Annual administration report of the Civil Veterinary Department of India - 1895-1896
Year: 1895
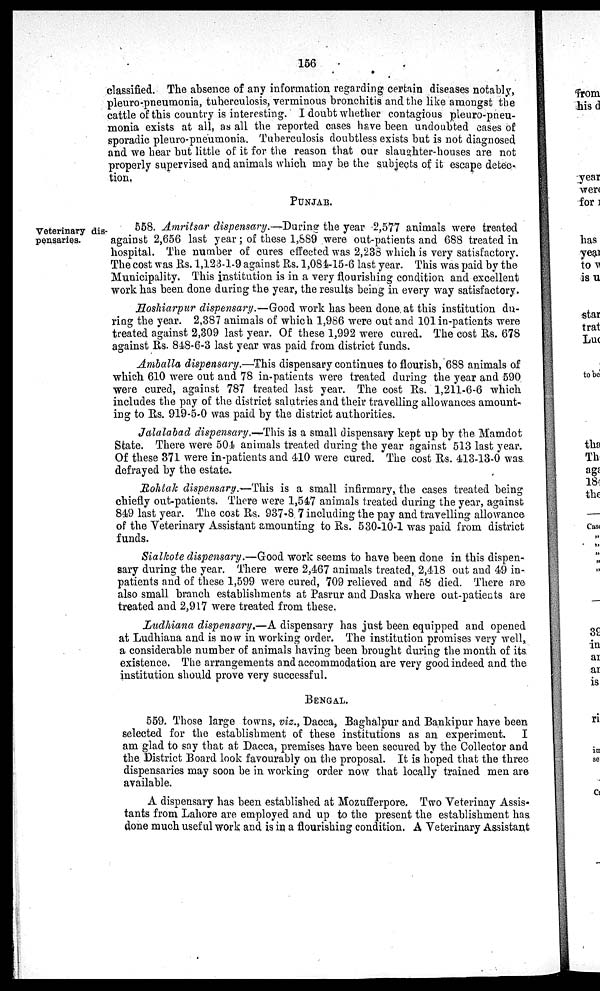
156
classified. The absence of any information regarding certain diseases notably,
pleuro-pneumonia, tuberculosis, verminous bronchitis and the like amongst the
cattle of this country is interesting. I doubt whether contagious pleuro-pneu-
monia exists at all, as all the reported cases have been undoubted cases of
sporadic pleuro-pneumonia. Tuberculosis doubtless exists but is not diagnosed
and we hear but little of it for the reason that our slaughter-houses are not
properly supervised and animals which may be the subjects of it escape detec-
tion.
PUNJAB.
Veterinary dis-
pensaries.
558. Amritsar dispensary.—During the year 2,577 animals were treated
against 2,656 last year; of these 1,889 were out-patients and 688 treated in
hospital. The number of cures effected was 2,238 which is very satisfactory.
The cost was Rs. 1,123-1-9 against Rs. 1,084-15-6 last year. This was paid by the
Municipality. This institution is in a very flourishing condition and excellent
work has been done during the year, the results being in every way satisfactory.
Hoshiarpur dispensary.—Good work has been done at this institution du-
ring the year. 2,387 animals of which 1,986 were out and 101 in-patients were
treated against 2,309 last year. Of these 1,992 were cured. The cost Rs. 678
against Rs. 848-6-3 last year was paid from district funds.
Amballa dispensary.—This dispensary continues to flourish, 688 animals of
which 610 were out and 78 in-patients were treated during the year and 590
were cured, against 787 treated last year. The cost Rs. 1,211-6.6 which
includes the pay of the district salutries and their travelling allowances amount-
ing to Rs. 919-5.0 was paid by the district authorities.
Jalalabad dispensary.—This is a small dispensary kept up by the Mamdot
State. There were 501 animals treated during the year against 513 last year.
Of these 371 were in-patients and 410 were cured. The cost Rs. 413-13-0 was.
defrayed by the estate.
Rohtak dispensary.—This is a small infirmary, the cases treated being
chiefly out-patients. There were 1,547 animals treated during the year, against
849 last year. The cost Rs. 937-8 7 including the pay and travelling allowance
of the Veterinary Assistant amounting to Rs. 530-10-1 was paid from district
funds.
Sialkote dispensary.—Good work seems to have been done in this dispen-
sary during the year. There were 2,467 animals treated, 2,418 out and 49 in-
patients and of these 1,599 were cured, 709 relieved and 58 died. There are
also small branch establishments at Pasrur and Daska where out-patients are
treated and 2,917 were treated from these.
Ludhiana dispensary.—A dispensary has just been equipped and opened
at Ludhiana and is now in working order. The institution promises very well,
a considerable number of animals having been brought during the month of its
existence. The arrangements and accommodation are very good indeed and the
institution should prove very successful.
BENGAL.
559. Those large towns, viz., Dacca, Baghalpur and Bankipur have been
selected for the establishment of these institutions as an experiment.
I
am glad to say that at Dacca, premises have been secured by the Collector and
the District Board look favourably on the proposal. It is hoped that the three
dispensaries may soon be in working order now that locally trained men are
available.
A dispensary has been established at Mozufferpore. Two Veterinay Assis-
tants from Lahore are employed and up to the present the establishment has
done much useful work and is in a flourishing condition. A Veterinary Assistant